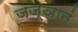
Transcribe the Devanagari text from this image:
जज्ञानं